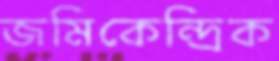
জমিকেন্দ্রিক